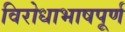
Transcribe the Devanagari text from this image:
विरोधाभाषपूर्ण